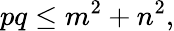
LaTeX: pq\leq m^{2}+n^{2},